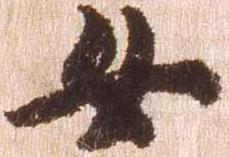
女